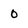
Character: 0